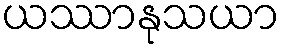
ယဿာနုသယာ